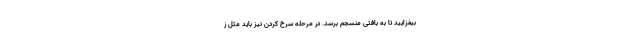
بیفزایید تا به بافتی منسجم برسد. در مرحله سرخ کردن نیز باید مثل ز